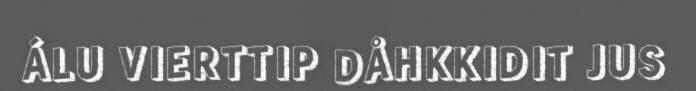
ÁLU VIERTTIP DÅHKKIDIT JUS